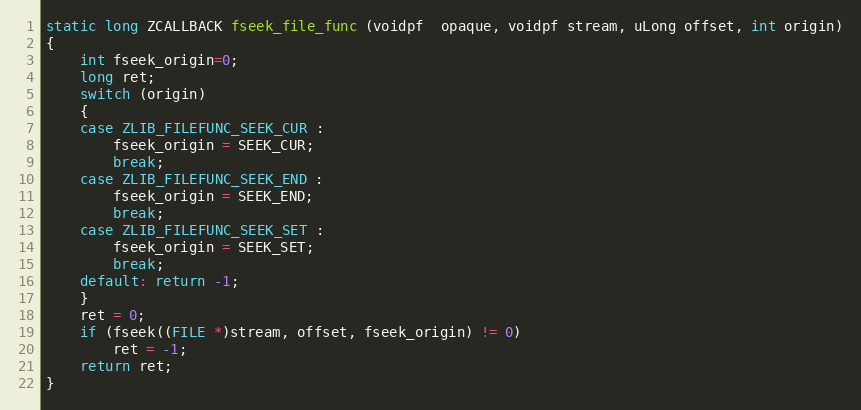
Language: C
static long ZCALLBACK fseek_file_func (voidpf  opaque, voidpf stream, uLong offset, int origin)
{
    int fseek_origin=0;
    long ret;
    switch (origin)
    {
    case ZLIB_FILEFUNC_SEEK_CUR :
        fseek_origin = SEEK_CUR;
        break;
    case ZLIB_FILEFUNC_SEEK_END :
        fseek_origin = SEEK_END;
        break;
    case ZLIB_FILEFUNC_SEEK_SET :
        fseek_origin = SEEK_SET;
        break;
    default: return -1;
    }
    ret = 0;
    if (fseek((FILE *)stream, offset, fseek_origin) != 0)
        ret = -1;
    return ret;
}